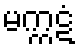
မက္ကဋံ